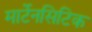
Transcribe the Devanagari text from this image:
मार्टेनसिटिक